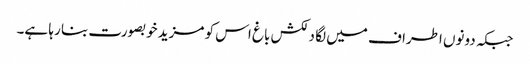
جبکہ دونوں اطراف میں لگا دلکش باغ اس کو مزید خوبصورت بنا رہا ہے۔